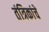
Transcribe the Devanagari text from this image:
तंत्रिकांचे